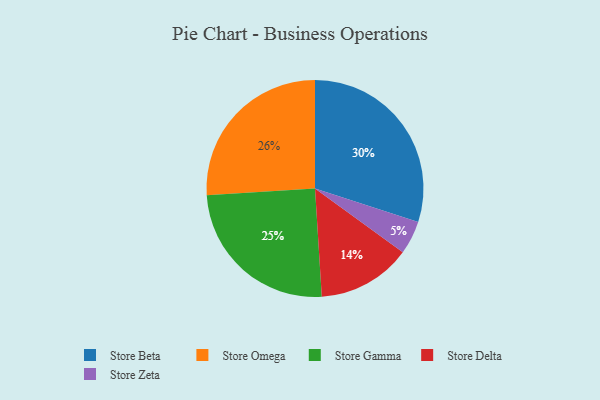
{"axis": {"x": "Category", "y": "Percentage"}, "legend": ["Store Beta", "Store Delta", "Store Gamma", "Store Omega", "Store Zeta"], "data": [{"x": "Store Omega", "y": 26, "type": "Store Omega"}, {"x": "Store Beta", "y": 30, "type": "Store Beta"}, {"x": "Store Gamma", "y": 25, "type": "Store Gamma"}, {"x": "Store Zeta", "y": 5, "type": "Store Zeta"}, {"x": "Store Delta", "y": 14, "type": "Store Delta"}]}